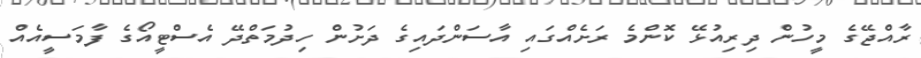
ރާއްޖޭގެ މީހުން ދިރިއުޅޭ ކޮންމެ ރަށެއްގައި އާސަންދައިގެ ދަށުން ހިދުމަތްދޭ އެސްޓީއޯގެ ފާމަސީއެއް